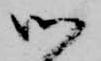
御